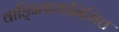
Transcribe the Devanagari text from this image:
वाङ्निश्चयानिमित्त